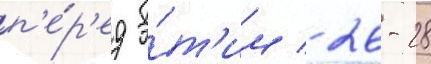
п'е́р'ед э́т'им / 26-28